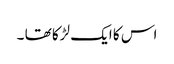
اس کا ایک لڑکا تھا ۔